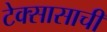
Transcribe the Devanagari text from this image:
टेक्सासाची